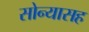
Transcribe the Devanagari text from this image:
सोन्यासह